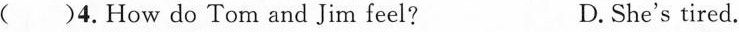
()4. How do Tom and Jim feel? D. She's tired.